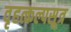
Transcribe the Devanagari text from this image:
वृहत्कल्पसूत्र